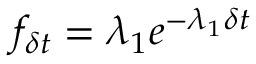
f _ { \delta t } = \lambda _ { 1 } e ^ { - \lambda _ { 1 } \delta t }